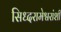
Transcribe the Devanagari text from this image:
सिध्दरामेश्वरांशी